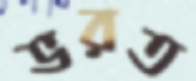
ভরত